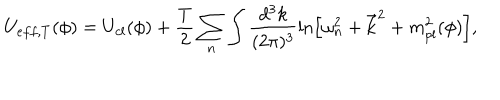
LaTeX: U _ { e f f , T } ( \phi ) = U _ { c l } ( \phi ) + \frac { T } { 2 } \sum _ { n } \int \frac { d ^ { 3 } k } { ( 2 \pi ) ^ { 3 } } \ln \left[ \omega _ { n } ^ { 2 } + { \bf \vec { k } } ^ { 2 } + m _ { p l } ^ { 2 } ( \phi ) \right] , \nonumber